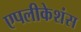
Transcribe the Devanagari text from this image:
एपलीकेशंस